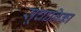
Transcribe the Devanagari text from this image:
सूचानिका